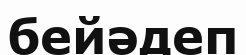
бейәдеп